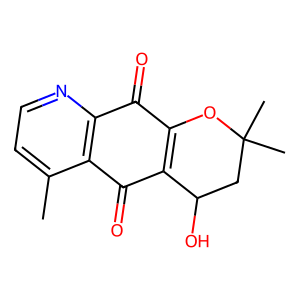
SMILES: Cc1ccnc2c1C(=O)C1=C(OC(C)(C)CC1O)C2=O
Inhibits HIV replication: No